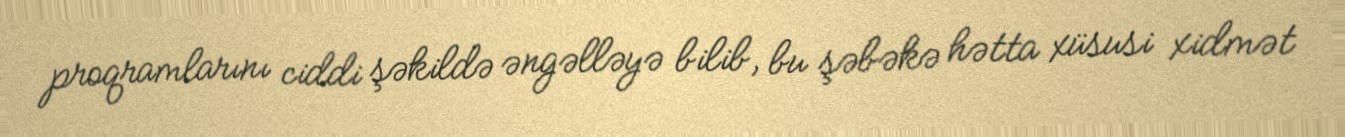
proqramlarını ciddi şəkildə əngəlləyə bilib, bu şəbəkə hətta xüsusi xidmət